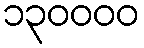
၁၃၀၀၀၀